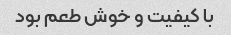
با کیفیت و خوش طعم بود